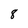
Character: 8